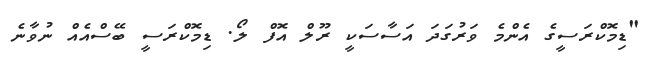
"ޑިމޮކްރަސީގެ އެންމެ ވަރުގަދަ އަސާސަކީ ރޫލް އޮފް ލޯ. ޑިމޮކްރަސީ ބޭސްއެއް ނުވާނެ